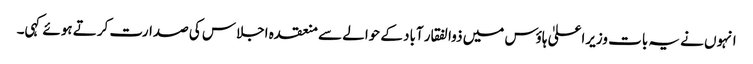
انہوں نے یہ بات وزیراعلیٰ ہاوٴس میں ذوالفقار آباد کے حوالے سے منعقدہ اجلاس کی صدارت کرتے ہوئے کہی۔